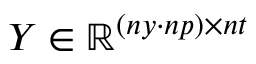
Y \in \mathbb { R } ^ { ( n y \cdot n p ) \times n t }